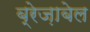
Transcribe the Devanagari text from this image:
ब्रेज़ाबेल